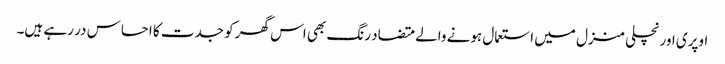
اوپری اور نچلی منزل میں استعمال ہونے والے متضاد رنگ بھی اس گھر کو جدت کا احساس در رہے ہیں۔